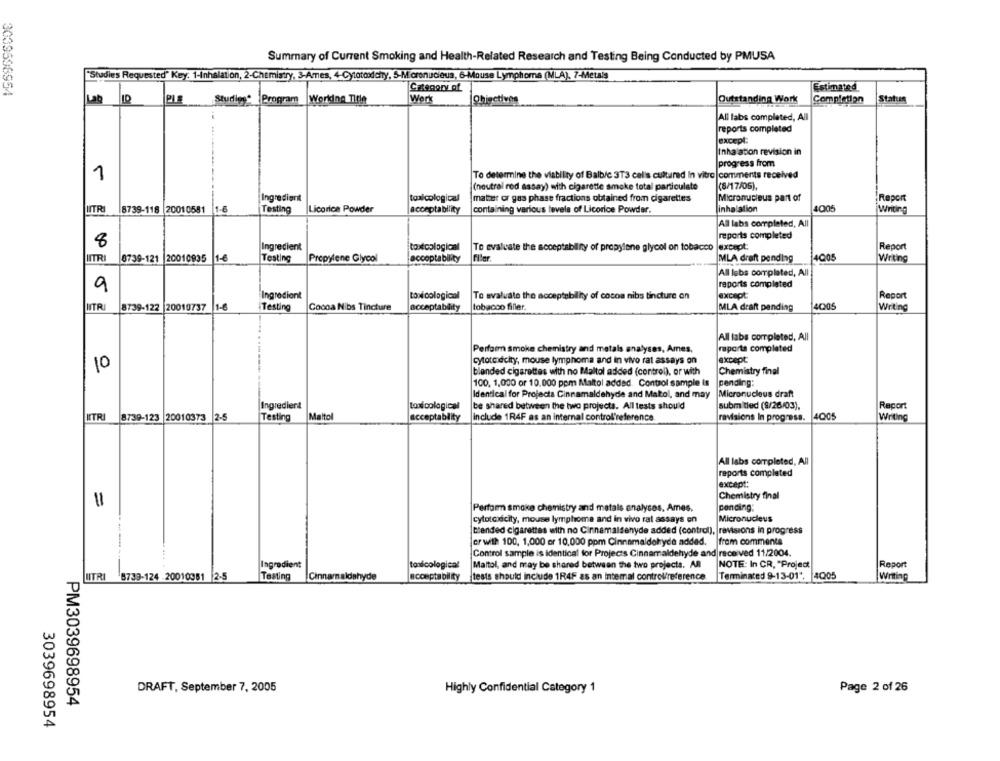
Summary of Current Smoking and Health-Related Research and Testing Being Conducted by PMUSA
"Studies Requested" Key: 1-Inhalation, 2-Chemistry, 3-Ames, 4-Cytotoodchy, S-Micronucleus, 6-Mouse Lymphoma (MLA), 7-Metals
Grzegory of
Estimated
2009596954
PLE
Studies* Program_Worldna Title
Werk
Ohiactives
Outstanding Work
Completion
Status
All labs completed, All
reports completed
except:
Inhalation revision in
progress from
1
To determine the viability of Balb/c 3T3 calis cultured In vitro |comments received
(neutral red assay) with cigarette smoke total particulate
(6/17/05),
Ingredient
toxicological
matter or gas phase fractions obtained from cigarettes
Micronucleus part of
Report
INTRI
8739-118
20010581
1-6
Testing
Licorice Powder
acceptability
containing various levels of Licorice Powder.
inhalation
4005
Writing
All labs completed, All
reports completed
8
Ingredient
toxicological
To evaluate the acceptsbilny of propylene glycol on tobacco |except:
Report
0739-121 20010835 1-6
Testing
Propylene Glycol
acceptability
MLA draft pending
14Q05
Writing
All lebs completed, All
9
reports completed
Ingredient
toxi cological
To evaluate the acceptebility of cocoa nibs tincture on
except:
Report
NITRI
4005
8739-122 20010737 1-6
Testing
Cocoa Nibs Tincture
acceptability
tobacco filler.
MLA draft pending
Writing
All tabs completed, All
Perform smoke chemistry and metals analyses, Ames,
raporta completed
except
cytotoodcity, mouse lymphoma and in vivo rat assays on
10
blended cigarettes with no Maltol added (control), or with
Chemistry final
100, 1,000 or 10.000 ppm Maltol added. Control sample is
pending:
Identical for Projecta Cinnamaldehyde and Mattol, and may
Micronucleus draft
Ingredient
toxi cological
be shared between the two projects. All tests should
submitled (9/26/03),
Report
HITR
8739-123 20010373
2-5
Testing
Malto
acceptablity
include 1R4F as an internal control'reference
revisions In progress. 4005
Writing
All labs completed, All
reports completed
except:
Chemistry final
11
Perform smoke chemistry and metals analyses. Ames.
pending:
Micronucleus
cytotoxicity, mouse lymphome and in vivo rat assays on
blended cigarettes with no Cinnamaldehyde added (control), revisions in progress
from comments
er with 100, 1,000 or 10,000 ppm Cinnamaldehyde added.
Control sample is identical for Projects Cinnamaldehyde and received 11/2004.
Ingredient
NOTE: In CR, "Project
tondcological
Maltol, and may be shared between the two projects. All
Report
LITRI 8739-124 20010951 2-5
Testing
Cinnamaldehyde
acceptability
tests should include 1R4F as an intemal control/reference.
Terminated 9-13-01",
4005
writing
DRAFT, September 7, 2005
Highly Confidential Category 1
Page 2 of 26
PM3039698954
3039698954